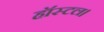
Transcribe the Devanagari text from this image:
हॉस्टल।